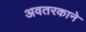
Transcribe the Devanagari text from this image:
अवतरकाने